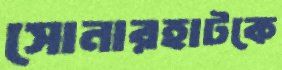
সোনারহাটকে